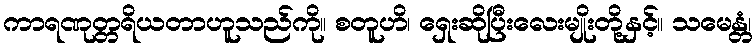
ကာရဏုတ္တရိယတာဟူသည်ကို။ စတူဟိ၊ ရှေးဆိုပြီးလေးမျိုးတို့နှင့်။ သမေန္တံ၊